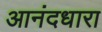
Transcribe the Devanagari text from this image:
आनंदधारा